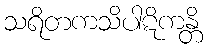
သရိတကသိပါဋိကန္တိ